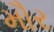
મૌર